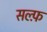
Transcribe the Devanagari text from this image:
सल्फ़